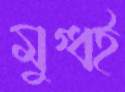
মুগ্ধই